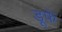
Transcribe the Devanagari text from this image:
डूफे